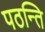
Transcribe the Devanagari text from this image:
पठन्ति